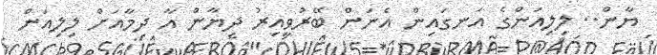
ޔާން.. ލިލިއަންގެ އަނގައިން އެނަން ބޭރުވީއިރު ދިޔާން އާ ދިމާއަށް ލިލިއަން